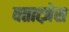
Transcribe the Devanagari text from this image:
वतात्ज़ेस